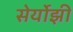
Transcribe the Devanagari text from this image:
सेर्योझी